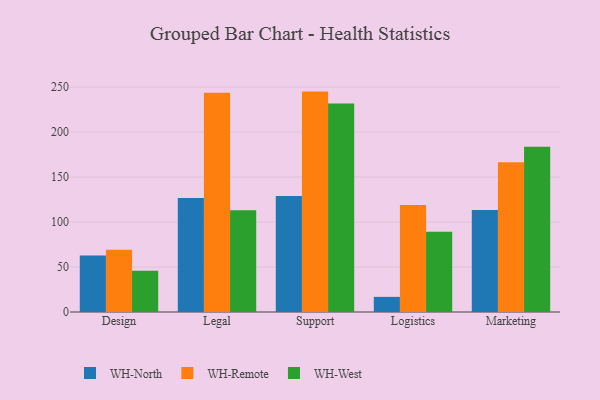
{"axis": {"x": "Department", "y": "Demand Index"}, "legend": ["WH-North", "WH-Remote", "WH-West"], "data": [{"x": "Design", "y": 62.9, "type": "WH-North"}, {"x": "Design", "y": 69.2, "type": "WH-Remote"}, {"x": "Design", "y": 45.7, "type": "WH-West"}, {"x": "Legal", "y": 126.7, "type": "WH-North"}, {"x": "Legal", "y": 243.5, "type": "WH-Remote"}, {"x": "Legal", "y": 113.0, "type": "WH-West"}, {"x": "Support", "y": 128.8, "type": "WH-North"}, {"x": "Support", "y": 244.9, "type": "WH-Remote"}, {"x": "Support", "y": 231.8, "type": "WH-West"}, {"x": "Logistics", "y": 16.8, "type": "WH-North"}, {"x": "Logistics", "y": 118.8, "type": "WH-Remote"}, {"x": "Logistics", "y": 89.2, "type": "WH-West"}, {"x": "Marketing", "y": 113.4, "type": "WH-North"}, {"x": "Marketing", "y": 166.4, "type": "WH-Remote"}, {"x": "Marketing", "y": 183.6, "type": "WH-West"}]}